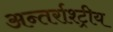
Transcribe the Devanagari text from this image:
अन्तर्राश्ट्रीय